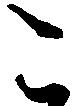
こ